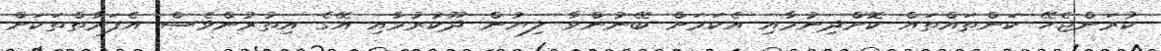
ކުރަންޖެހޭ ކަންތައްތައް ކޮށްދިނުމާއި އެކަމަށް ބޭނުންވާ ލިޔުން ދޫކުރުމާއި އޭގެ އިތުރުންވެސް އެފަރާތްތަކަށް